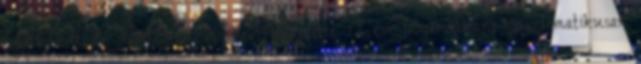
fogalmazott az RMDSZ elnöke. Hozzátette: 12 éve folyamatosan, szisztematikusan